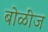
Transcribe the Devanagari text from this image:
बोळींज